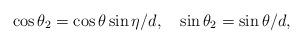
LaTeX: \begin{align*}\cos{\theta_2}=\cos{\theta}\sin{\eta}/d, \quad \sin{\theta_2}=\sin{\theta}/d,\end{align*}